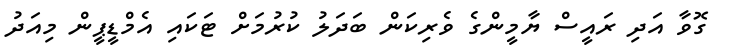
ގޮވާ އަދި ރައީސް ޔާމީންގެ ވެރިކަން ބަދަލު ކުރުމަށް ޓަކައި އެމްޑީޕީން މިއަދު